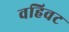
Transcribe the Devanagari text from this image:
वहिवट